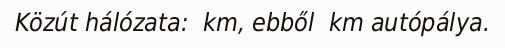
Közút hálózata:  km, ebből  km autópálya.